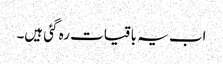
اب یہ باقیات رہ گئی ہیں۔